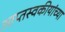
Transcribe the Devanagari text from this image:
आप्तस्वकीयांच्या